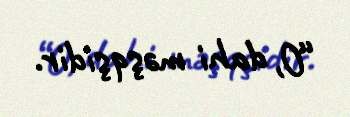
“O, dahi məşqşidir.